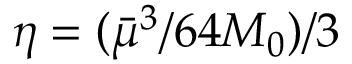
\eta = ( { \bar { \mu } ^ { 3 } } / { 6 4 M _ { 0 } } ) / 3